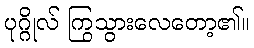
ပုဂ္ဂိုလ် ကြွသွားလေတော့၏။